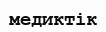
медиктік